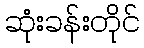
ဆုံးခန်းတိုင်